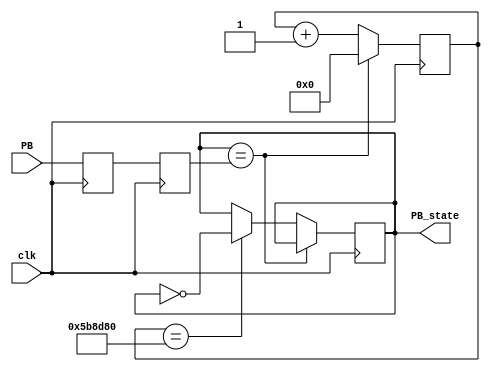
`timescale 1ns / 1ps
//////////////////////////////////////////////////////////////////////////////////
// Company: 
// Engineer: 
// 
// Design Name: 
// Module Name: debouncer
// Project Name: 
// Target Devices: 
// Tool Versions: 
// Description: 
// 
// Dependencies: 
// 
// Revision:
// Revision 0.01 - File Created
// Additional Comments:
// 
//////////////////////////////////////////////////////////////////////////////////


module debouncer_clock(
  input clk, 
  input PB,  
   output reg PB_state  
);
    reg PB_sync_0;
    always @(posedge clk) PB_sync_0 <= PB;
    reg PB_sync_1;
    always @(posedge clk) PB_sync_1 <= PB_sync_0;
    
    // Debounce the switch
    reg [26:0] PB_cnt;
    always @(posedge clk)
    if(PB_state==PB_sync_1)
        PB_cnt <= 0;
    else
    begin
        PB_cnt <= PB_cnt + 1'b1; 
        if(PB_cnt == 6000000) PB_state <= ~PB_state; 
    end

endmodule